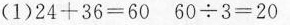
(1)$$2 4 + 3 6 = 6 0$$ $$6 0 {\div} 3 = 2 0$$